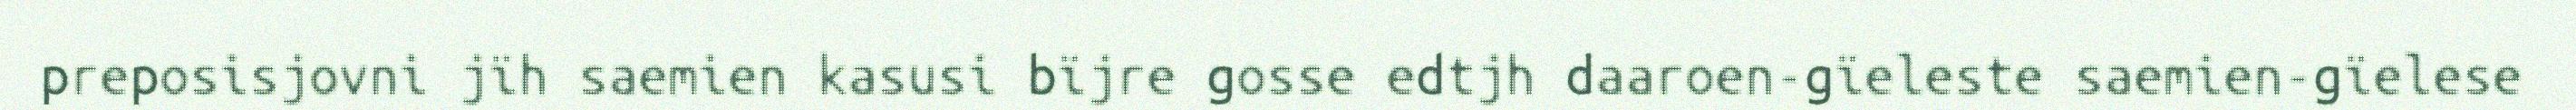
preposisjovni jïh saemien kasusi bïjre gosse edtjh daaroen-gïeleste saemien-gïelese